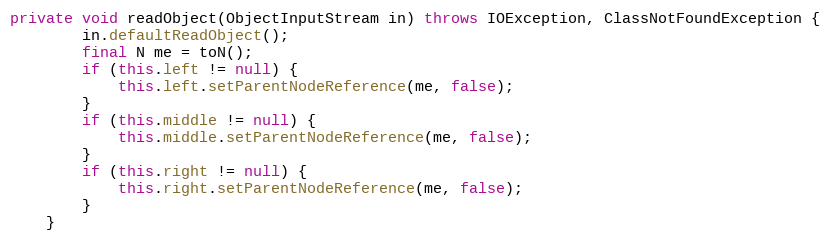
Language: Java
private void readObject(ObjectInputStream in) throws IOException, ClassNotFoundException {
		in.defaultReadObject();
		final N me = toN();
		if (this.left != null) {
			this.left.setParentNodeReference(me, false);
		}
		if (this.middle != null) {
			this.middle.setParentNodeReference(me, false);
		}
		if (this.right != null) {
			this.right.setParentNodeReference(me, false);
		}
	}